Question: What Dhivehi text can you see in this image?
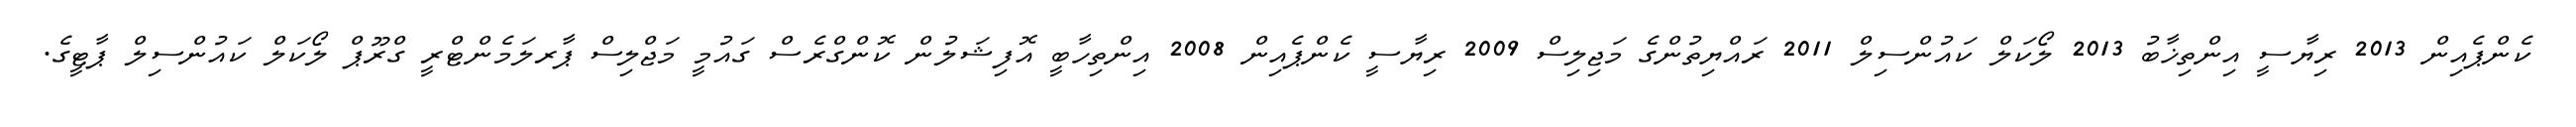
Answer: ކެންޕެއިން 2013 ރިޔާސީ އިންތިޚާބު 2013 ލޯކަލް ކައުންސިލް 2011 ރައްޔިތުންގެ މަޖިލިސް 2009 ރިޔާސީ ކެންޕެއިން 2008 އިންތިހާބީ އޮފިޝަލުން ކޮންގްރެސް ގައުމީ މަޖްލިސް ޕާރލަމެންޓްރީ ގްރޫޕް ލޯކަލް ކައުންސިލް ޕާޓީގެ.